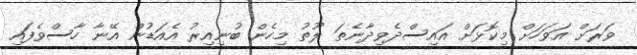
ވަރަށް އަވަހަށް މިކޮޅަށް އައިސްދެވިދާނެތަ ލޫތު މިހެން ބުނިއިރު އެއަޑުން އޭނާ ހާސްވެފައި